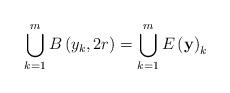
LaTeX: \begin{align*}\bigcup_{k=1}^{m}B\left( y_{k},2r\right) =\bigcup_{k=1}^{m}E\left( \mathbf{y}\right) _{k} \end{align*}